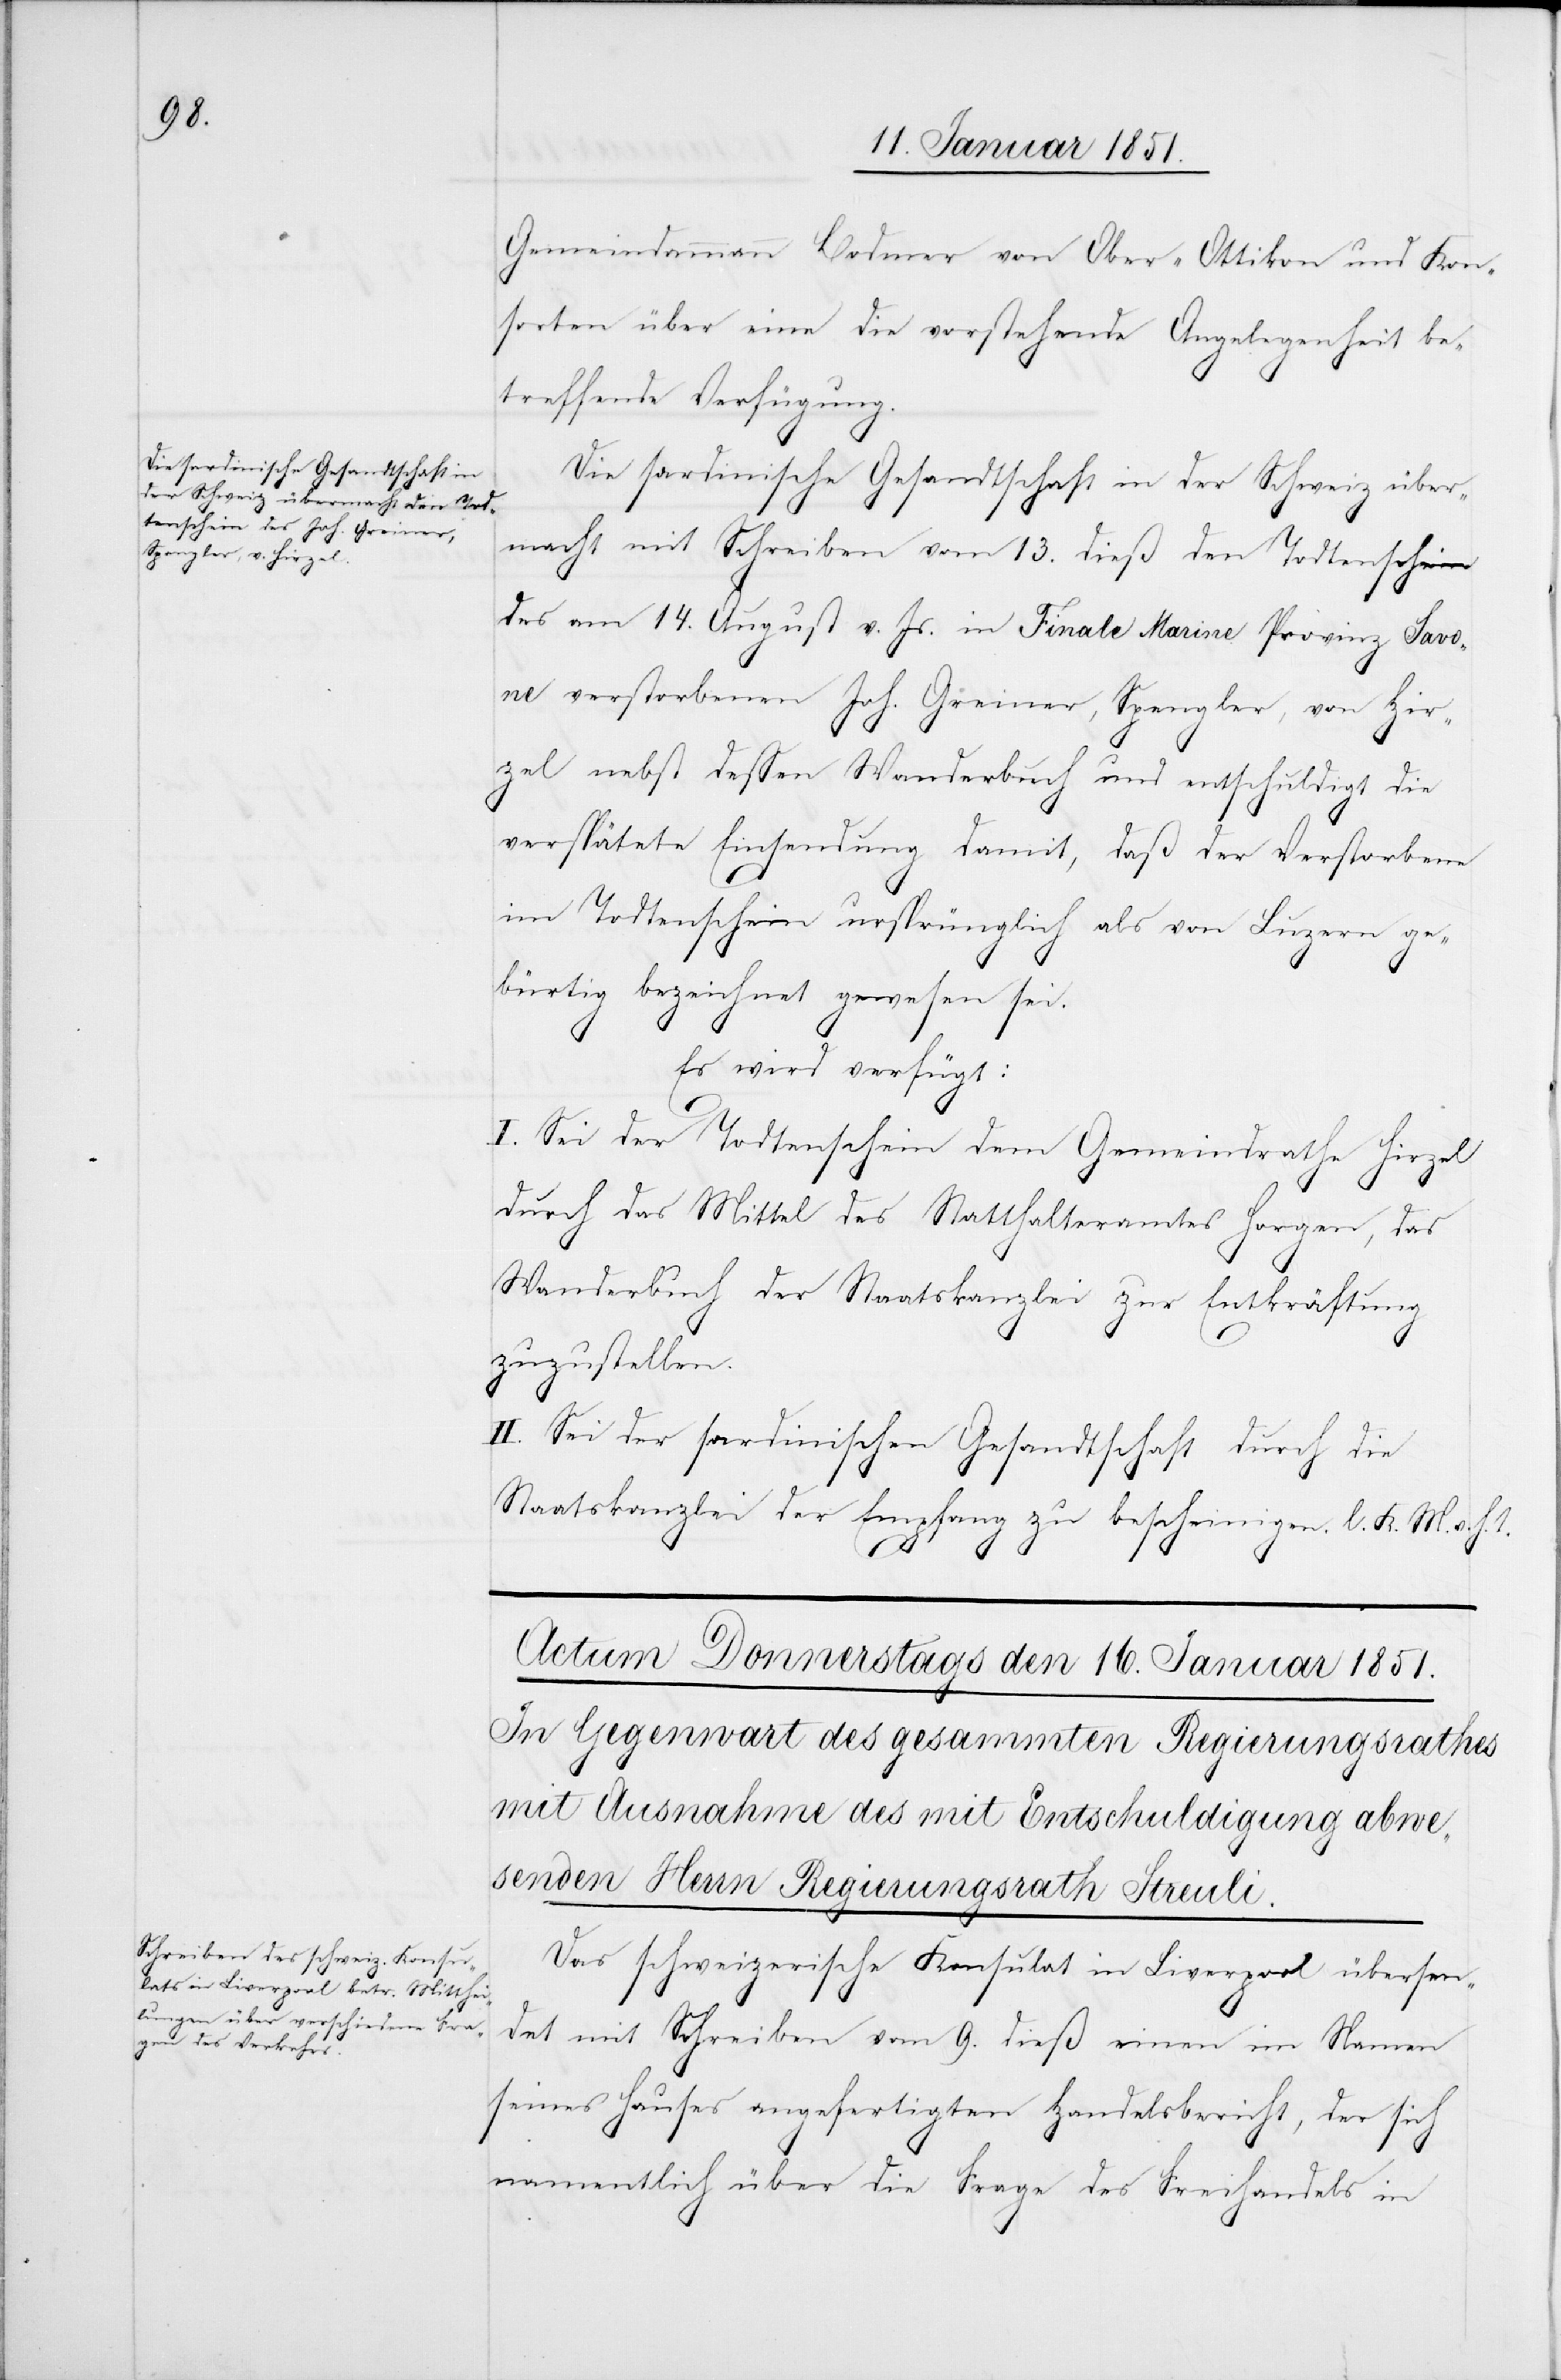
Gemeindammann Bodmer von Ober-Ottikon und Kon¬
sorten über eine die vorstehende Angelegenheit be¬
treffende Verfügung.
Die sardinische Gesandtschaft in der Schweiz über¬
macht mit Schreiben vom 13. dieß den Todtenschein
des am 14. August v. Js. in Finale Marine Provinz Savo¬
ne verstorbenen Joh. Greiner, Spengler, von Hir¬
zel nebst dessen Wanderbuch und entschuldigt die
verspätete Einsendung damit, daß der Verstorbene
im Todtenschein ursprünglich als von Luzern ge¬
bürtig bezeichnet gewesen sei.
Es wird verfügt:
I. Sei der Todtenschein dem Gemeindrathe Hirzel
durch das Mittel des Statthalteramtes Horgen, das
Wanderbuch der Staatskanzlei zur Entkräftung
zuzustellen.
II. Sei der sardinischen Gesandtschaft durch die
Staatskanzlei der Empfang zu bescheinigen. l. K. M. v. h.
Das schweizerische Konsulat in Liverpool übersen¬
det mit Schreiben vom 9. dieß einen im Namen
seines Hauses angefertigten Handelsbericht, der sich
namentlich über die Frage des Freihandels in